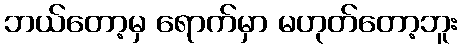
ဘယ်တော့မှ ရောက်မှာ မဟုတ်တော့ဘူး